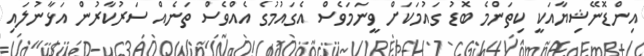
އިންޑޮނޭޝިޔާއަކީ ކިތަންމެ ބޮޑު ގައުމަކަށް ވީނަމަވެސް އެގައުމުގެ އެއްވެސް ތަނެއް ސަރުކާރުން އަޅާނުލައި